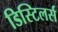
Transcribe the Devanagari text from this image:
डिस्टिलर्स